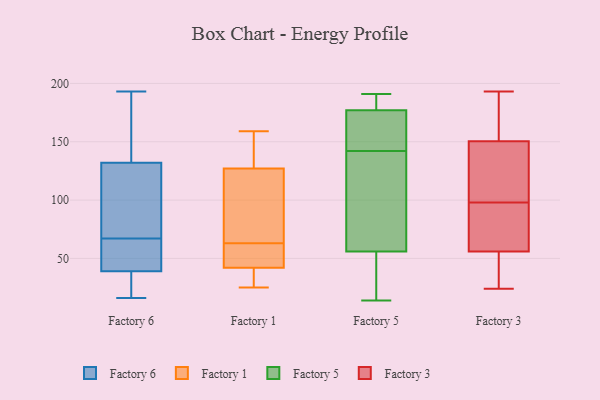
{"axis": {"x": "Bounce Rate (%)", "y": "Value"}, "legend": ["Factory 1", "Factory 3", "Factory 5", "Factory 6"], "data": [{"x": "", "y": 193, "type": "Factory 6"}, {"x": "", "y": 61, "type": "Factory 6"}, {"x": "", "y": 132, "type": "Factory 6"}, {"x": "", "y": 48, "type": "Factory 6"}, {"x": "", "y": 147, "type": "Factory 6"}, {"x": "", "y": 16, "type": "Factory 6"}, {"x": "", "y": 17, "type": "Factory 6"}, {"x": "", "y": 157, "type": "Factory 6"}, {"x": "", "y": 34, "type": "Factory 6"}, {"x": "", "y": 91, "type": "Factory 6"}, {"x": "", "y": 116, "type": "Factory 6"}, {"x": "", "y": 39, "type": "Factory 6"}, {"x": "", "y": 73, "type": "Factory 6"}, {"x": "", "y": 39, "type": "Factory 6"}, {"x": "", "y": 60, "type": "Factory 1"}, {"x": "", "y": 158, "type": "Factory 1"}, {"x": "", "y": 40, "type": "Factory 1"}, {"x": "", "y": 63, "type": "Factory 1"}, {"x": "", "y": 42, "type": "Factory 1"}, {"x": "", "y": 153, "type": "Factory 1"}, {"x": "", "y": 63, "type": "Factory 1"}, {"x": "", "y": 159, "type": "Factory 1"}, {"x": "", "y": 127, "type": "Factory 1"}, {"x": "", "y": 51, "type": "Factory 1"}, {"x": "", "y": 118, "type": "Factory 1"}, {"x": "", "y": 41, "type": "Factory 1"}, {"x": "", "y": 25, "type": "Factory 1"}, {"x": "", "y": 96, "type": "Factory 1"}, {"x": "", "y": 177, "type": "Factory 5"}, {"x": "", "y": 164, "type": "Factory 5"}, {"x": "", "y": 105, "type": "Factory 5"}, {"x": "", "y": 190, "type": "Factory 5"}, {"x": "", "y": 14, "type": "Factory 5"}, {"x": "", "y": 52, "type": "Factory 5"}, {"x": "", "y": 56, "type": "Factory 5"}, {"x": "", "y": 165, "type": "Factory 5"}, {"x": "", "y": 191, "type": "Factory 5"}, {"x": "", "y": 120, "type": "Factory 5"}, {"x": "", "y": 36, "type": "Factory 3"}, {"x": "", "y": 149, "type": "Factory 3"}, {"x": "", "y": 191, "type": "Factory 3"}, {"x": "", "y": 59, "type": "Factory 3"}, {"x": "", "y": 47, "type": "Factory 3"}, {"x": "", "y": 111, "type": "Factory 3"}, {"x": "", "y": 75, "type": "Factory 3"}, {"x": "", "y": 37, "type": "Factory 3"}, {"x": "", "y": 24, "type": "Factory 3"}, {"x": "", "y": 155, "type": "Factory 3"}, {"x": "", "y": 98, "type": "Factory 3"}, {"x": "", "y": 89, "type": "Factory 3"}, {"x": "", "y": 193, "type": "Factory 3"}, {"x": "", "y": 157, "type": "Factory 3"}, {"x": "", "y": 120, "type": "Factory 3"}, {"x": "", "y": 80, "type": "Factory 3"}, {"x": "", "y": 137, "type": "Factory 3"}]}